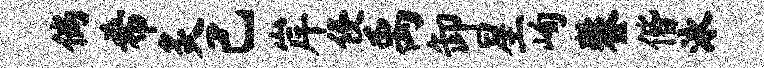
倘希炙己岸侵禹卸星峋鏊偕泳